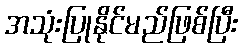
အသုံးပြုနိုင်မည်ဖြစ်ပြီး